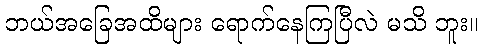
ဘယ်အခြေအထိများ ရောက်နေကြပြီလဲ မသိ ဘူး။